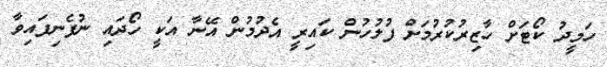
ހަމީދު ކޯޓަށް ހާޒިރުކުރުމަށް ފުލުހުން ކައިރީ އެދުމުން އޭނާ އަކީ ހޯދައި ނުފެނިފައިވާ